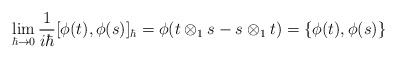
\begin{align*}\lim_{\hbar\to 0}\frac{1}{i\hbar}[\phi(t),\phi(s)]_\hbar =\phi(t\otimes_1 s-s\otimes_1 t)=\{\phi(t),\phi(s)\}\end{align*}